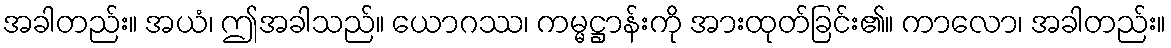
အခါတည်း။ အယံ၊ ဤအခါသည်။ ယောဂဿ၊ ကမ္မဋ္ဌာန်းကို အားထုတ်ခြင်း၏။ ကာလော၊ အခါတည်း။